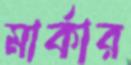
মার্কার